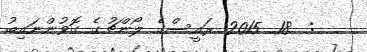
:  18